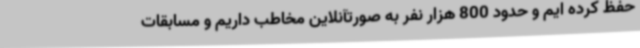
حفظ کرده ایم و حدود 800 هزار نفر به صورتآنلاین مخاطب داریم و مسابقات